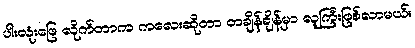
ပါးလုံးဖြေ လိုက်တာက ကလေးဆိုတာ တချိန်ချိန်မှာ လူကြီးဖြစ်လာမယ်။